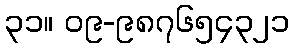
၃၁။ ၀၉-၉၈၇၆၅၄၃၂၁